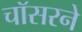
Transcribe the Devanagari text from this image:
चॉसरने